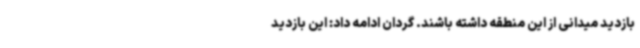
بازدید میدانی از این منطقه داشته باشند. گردان ادامه داد: این بازدید